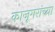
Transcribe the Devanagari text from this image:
काजूगरांच्या